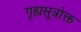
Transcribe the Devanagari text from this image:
गृह्यसूत्रोक्त